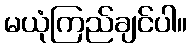
မယုံကြည်ချင်ပါ။